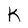
Character: k